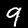
Digit: 9